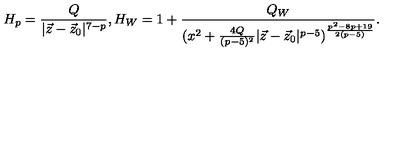
H _ { p } = { \frac { Q } { | \vec { z } - \vec { z } _ { 0 } | ^ { 7 - p } } } , H _ { W } = 1 + { \frac { Q _ { W } } { ( x ^ { 2 } + { \frac { 4 Q } { ( p - 5 ) ^ { 2 } } } | \vec { z } - \vec { z } _ { 0 } | ^ { p - 5 } ) ^ { \frac { p ^ { 2 } - 8 p + 1 9 } { 2 ( p - 5 ) } } } } .